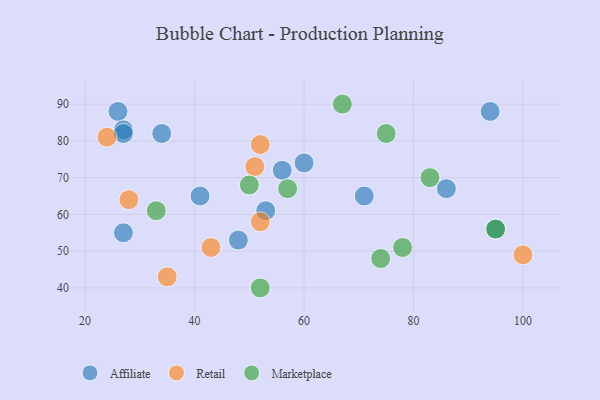
{"axis": {"x": "GDP", "y": "Life Expectancy"}, "legend": ["Affiliate", "Marketplace", "Retail"], "data": [{"x": "26", "y": 88, "type": "Affiliate"}, {"x": "41", "y": 65, "type": "Affiliate"}, {"x": "34", "y": 82, "type": "Affiliate"}, {"x": "95", "y": 56, "type": "Affiliate"}, {"x": "71", "y": 65, "type": "Affiliate"}, {"x": "27", "y": 83, "type": "Affiliate"}, {"x": "86", "y": 67, "type": "Affiliate"}, {"x": "27", "y": 55, "type": "Affiliate"}, {"x": "94", "y": 88, "type": "Affiliate"}, {"x": "60", "y": 74, "type": "Affiliate"}, {"x": "53", "y": 61, "type": "Affiliate"}, {"x": "27", "y": 82, "type": "Affiliate"}, {"x": "48", "y": 53, "type": "Affiliate"}, {"x": "56", "y": 72, "type": "Affiliate"}, {"x": "35", "y": 43, "type": "Retail"}, {"x": "51", "y": 73, "type": "Retail"}, {"x": "52", "y": 58, "type": "Retail"}, {"x": "43", "y": 51, "type": "Retail"}, {"x": "28", "y": 64, "type": "Retail"}, {"x": "100", "y": 49, "type": "Retail"}, {"x": "52", "y": 79, "type": "Retail"}, {"x": "24", "y": 81, "type": "Retail"}, {"x": "75", "y": 82, "type": "Marketplace"}, {"x": "78", "y": 51, "type": "Marketplace"}, {"x": "95", "y": 56, "type": "Marketplace"}, {"x": "83", "y": 70, "type": "Marketplace"}, {"x": "33", "y": 61, "type": "Marketplace"}, {"x": "50", "y": 68, "type": "Marketplace"}, {"x": "74", "y": 48, "type": "Marketplace"}, {"x": "67", "y": 90, "type": "Marketplace"}, {"x": "52", "y": 40, "type": "Marketplace"}, {"x": "57", "y": 67, "type": "Marketplace"}]}